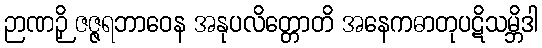
ဉာဏဉှိ ဇဇ္ဇရဘာဝေန အနုပလိတ္တောတိ အနေကဓာတုပဋိသမ္ဘိဒါ